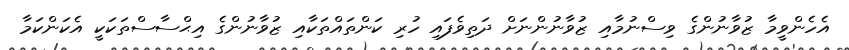
އެހެންވީމާ ޒުވާނުންގެ ވިސްނުމާއި ޒުވާނުންނަށް ދަތިވެފައި ހުރި ކަންތައްތަކާއި ޒުވާނުންގެ އިޙްސާސްތަކަކީ އެކަންކަމާ